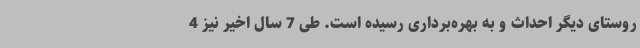
روستای دیگر احداث و به بهره‌برداری رسیده است. طی 7 سال اخیر نیز 4